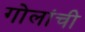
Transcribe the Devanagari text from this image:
गोलांची